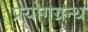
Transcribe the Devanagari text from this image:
प्रयोगग्रन्थ